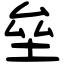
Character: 垒